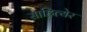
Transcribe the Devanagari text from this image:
साहित्येर